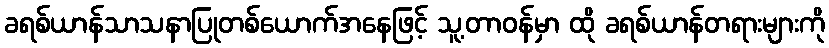
ခရစ်ယာန်သာသနာပြုတစ်ယောက်အနေဖြင့် သူ့တာဝန်မှာ ထို ခရစ်ယာန်တရားများကို